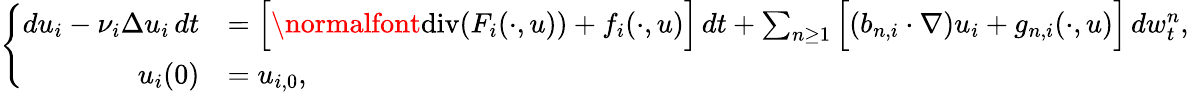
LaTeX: \left\{ \begin{array}{rl}{du_{i}-\nu_{i}\Delta u_{i}\, dt}&{=\Big[\normalfont{\mathrm{div}}(F_{i}(\cdot,u))+f_{i}(\cdot,u)\Big]\, dt+\sum_{n\geq 1}\Big[(b_{n,i}\cdot\nabla)u_{i}+g_{n,i}(\cdot,u)\Big]\, dw_{t}^{n},}\\ {u_{i}(0)}&{=u_{i,0},}\end{array}\right.